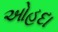
ઓહદા